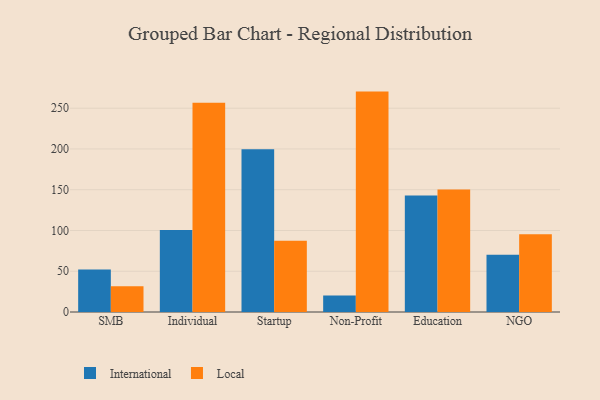
{"axis": {"x": "Segment", "y": "Production Output"}, "legend": ["International", "Local"], "data": [{"x": "SMB", "y": 52.0, "type": "International"}, {"x": "SMB", "y": 31.7, "type": "Local"}, {"x": "Individual", "y": 100.6, "type": "International"}, {"x": "Individual", "y": 256.6, "type": "Local"}, {"x": "Startup", "y": 199.8, "type": "International"}, {"x": "Startup", "y": 87.5, "type": "Local"}, {"x": "Non-Profit", "y": 20.3, "type": "International"}, {"x": "Non-Profit", "y": 270.4, "type": "Local"}, {"x": "Education", "y": 143.0, "type": "International"}, {"x": "Education", "y": 150.3, "type": "Local"}, {"x": "NGO", "y": 70.3, "type": "International"}, {"x": "NGO", "y": 95.3, "type": "Local"}]}